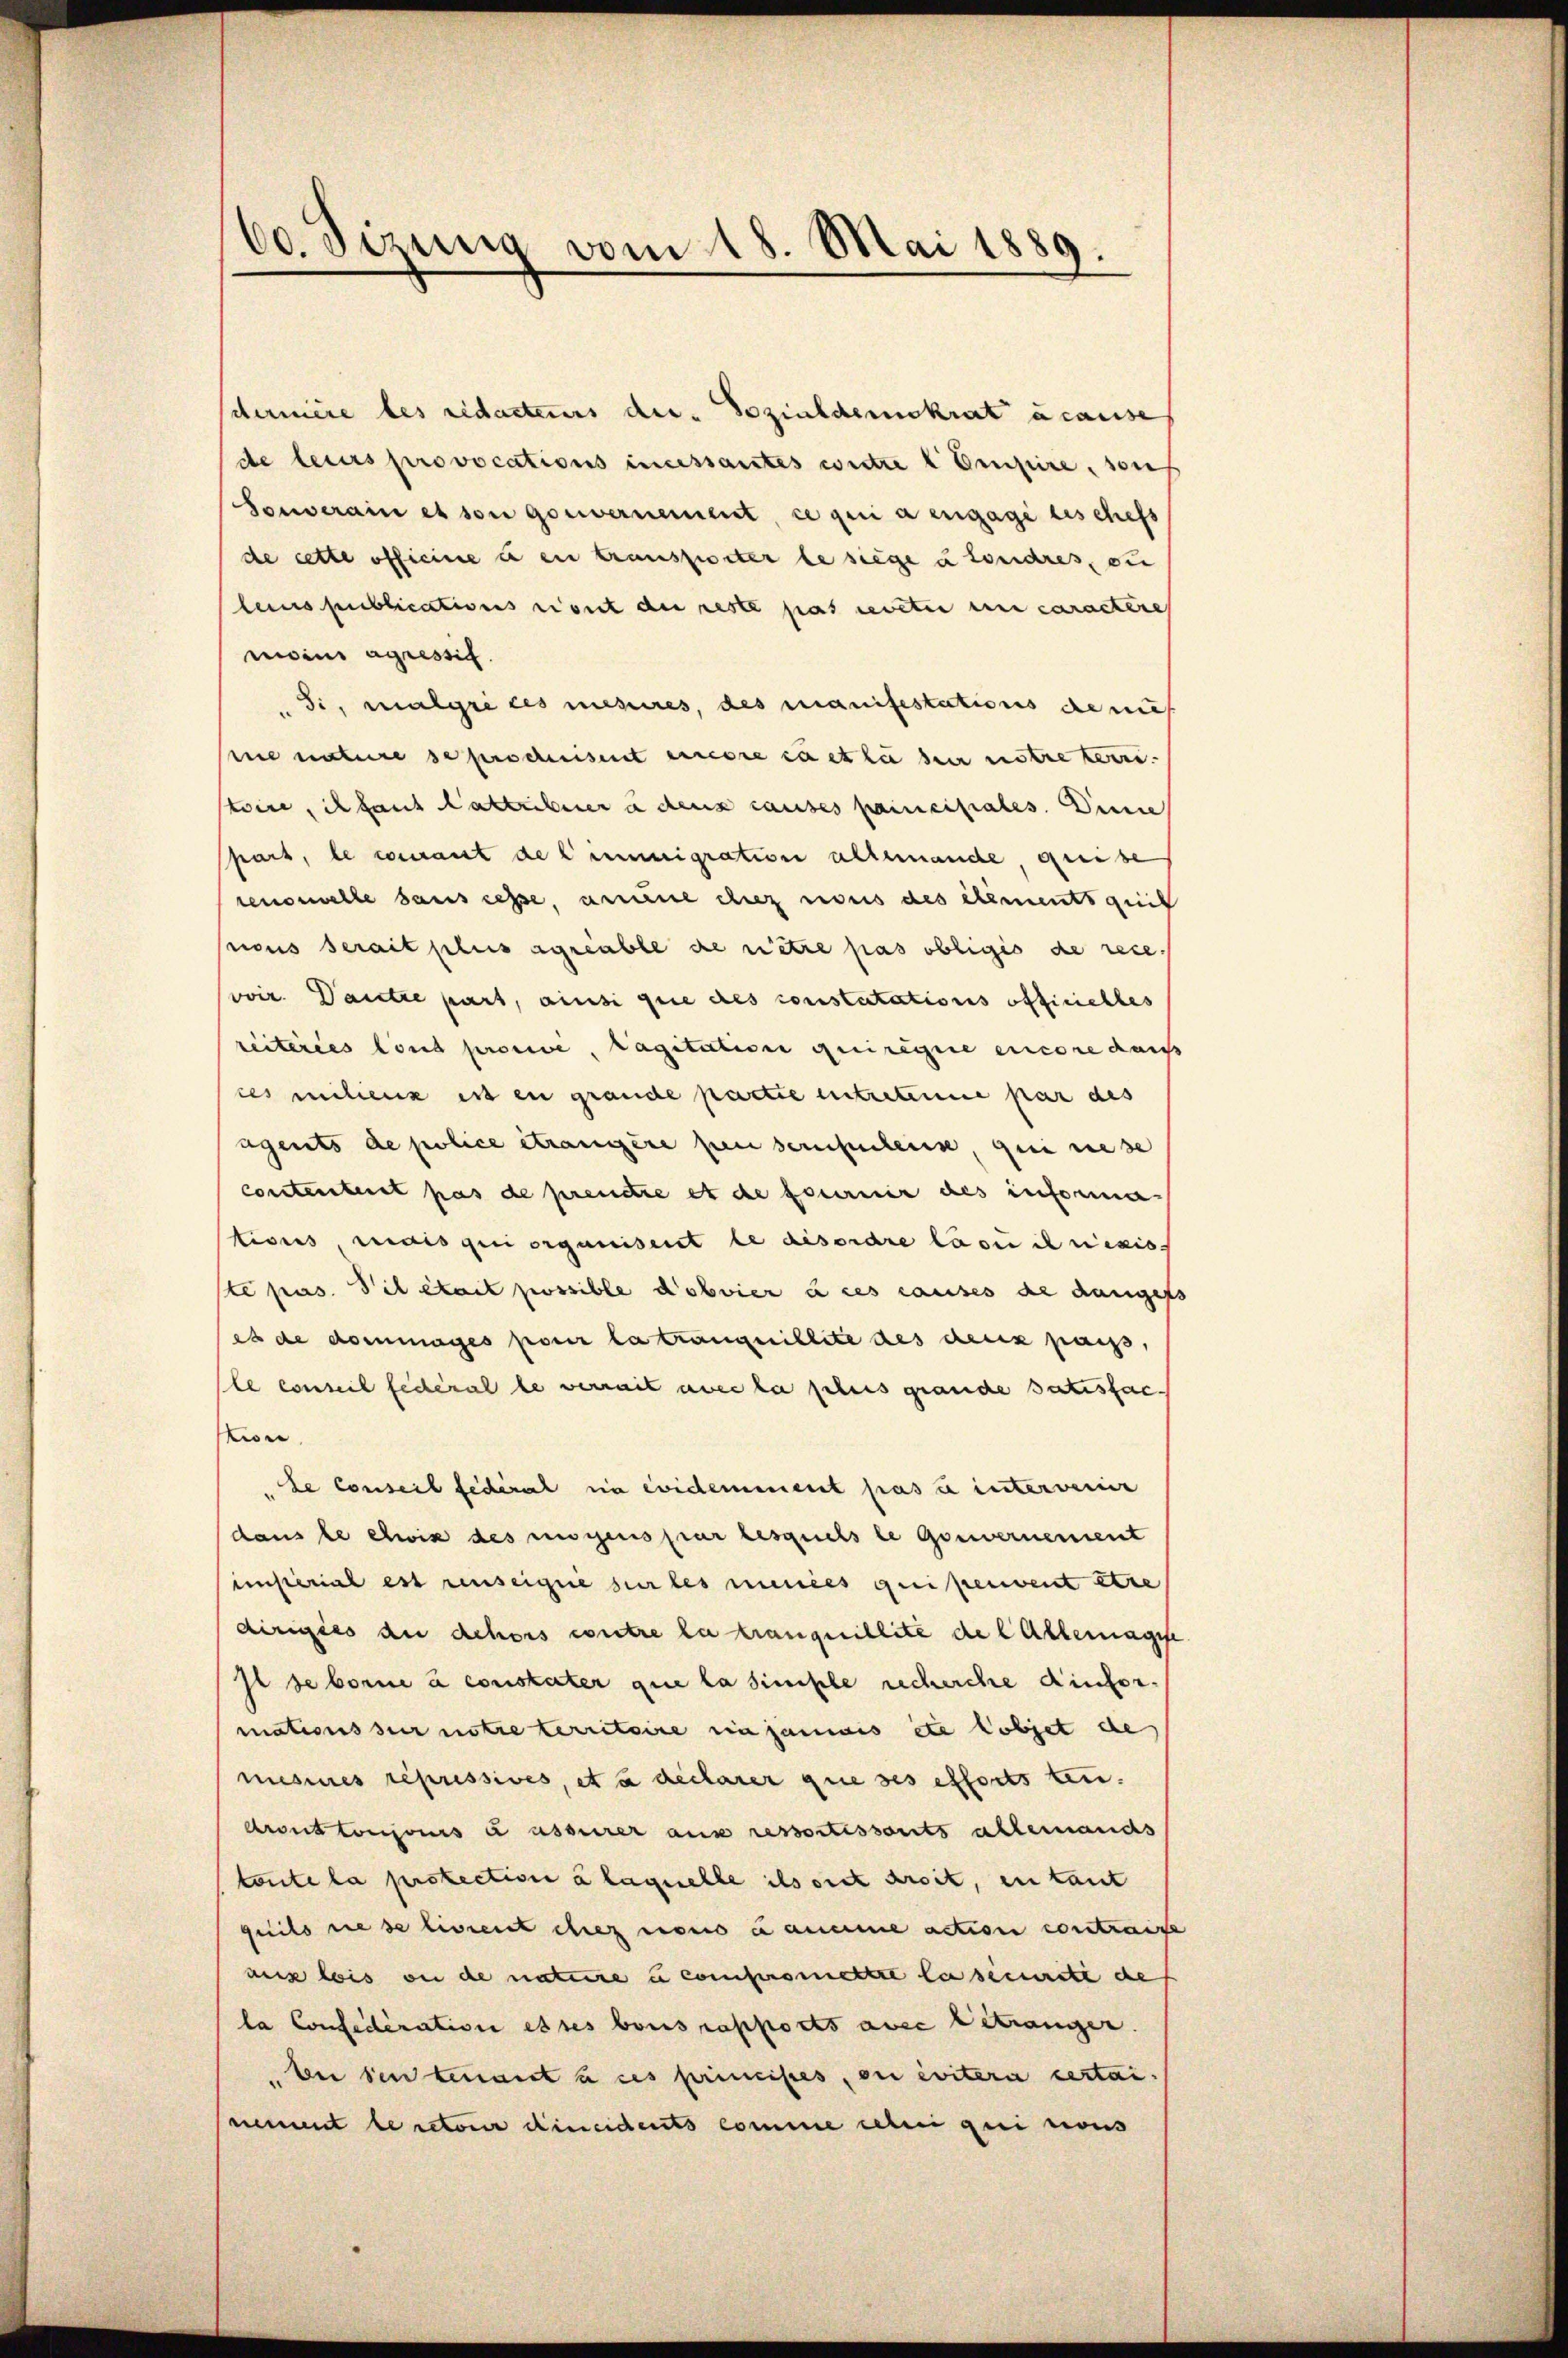
60. Sizung vom 18. Mai 1889.

cernere des redacteurs der Sozialdemokrat a cause
de leurs provocations incessantes weitze l Ompire, sons
Souverain et von gouvernement, ce qui a engage des chefs
de cette officire u en transporter le siege u toniares, die
leurs publicativens risuit de reste pas revetii en caractere
moins agressig.
Si, malgri ces messeres, des manifestations de nu
mie nature se prochnisiert einere zu et lie sein notre terre
toire, ich fant attribuer à dens causes principales. Dinne
pars, le courant de l’immigration allemande, greibe
tenouvelle sans cesse, anne die nous des ehements quit
pous serait plus agreable de retre pas obligés de recevoir. Dantre part, ainsi que des constatations officielles
reiteres lond provice, lagitation quirigire encore das
ces milienz ist in grande partie intretinue par des
igents de police étrangère pen seinsentens, qui nese
contenteiet pas de prendre et de fournir des informe
tions, mais qui organisent le disordre lasi inixis-
ste pas. Sil était possible dobvier à ces causes de dangef
es de dommages pour la trängnillite des deux pais,
Ele conseil fédéral le vermit avec la sches grande Satisfac
in
Le conseil fédéral in evidemment pas u intervenie
dans le etwis des mögens par lesquels le Gouvernement
imsterial est reuseigne sur les mitees qui pervent etwe
dirigies an dehors contre la tranquillite de l Allemagist
Il se borne à constater que la simple recherche Kinformations sur notre territoire einsammes etc Cobjet de
messes repressives, et à declarer que ses efforts ten.
dront toujours à asserer aus ressortissants allemands
tonte la protection à laquelle ils ont droit, in tant
quils diese librent chez noris u aneine action contrage
aux lois ou de nature u compromettre la securite de
la Confederation es ses bois rapports ause Betrangen.
bei den benant u des principes, ou évitera certai
Riement le retour eineidents comme celui qui cons